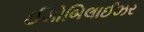
ઈમોબિલાઈઝર